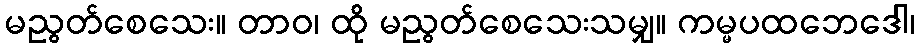
မညွတ်စေသေး။ တာဝ၊ ထို မညွတ်စေသေးသမျှ။ ကမ္မပထဘေဒေါ၊